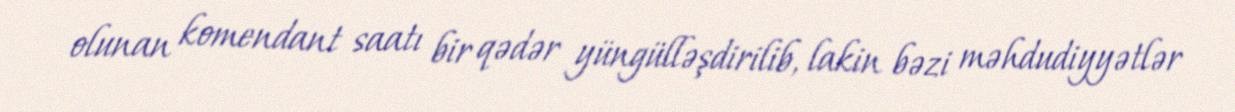
olunan komendant saatı bir qədər yüngülləşdirilib, lakin bəzi məhdudiyyətlər